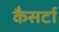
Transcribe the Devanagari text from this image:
कैसर्टा